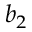
b _ { 2 }